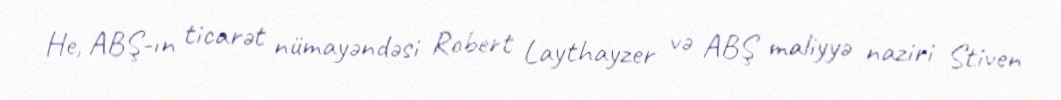
He, ABŞ-ın ticarət nümayəndəsi Robert Laythayzer və ABŞ maliyyə naziri Stiven